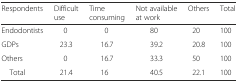
| Respondents | Difficult use | Time consuming | Not available at work | Others | Total |
 | --- | --- | --- | --- | --- | --- |
 | Endodontists | 0 | 0 | 80 | 20 | 100 |
 | GDPs | 23.3 | 16.7 | 39.2 | 20.8 | 100 |
 | Others | 0 | 16.7 | 33.3 | 50 | 100 |
 | Total | 21.4 | 16 | 40.5 | 22.1 | 100 |